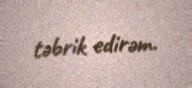
təbrik edirəm.